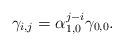
LaTeX: \begin{align*}\gamma_{i,j}=\alpha_{1,0}^{j-i}\gamma_{0,0}.\end{align*}